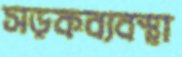
সড়কব্যবস্থা